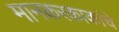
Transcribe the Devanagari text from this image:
मानकरकाकांचे